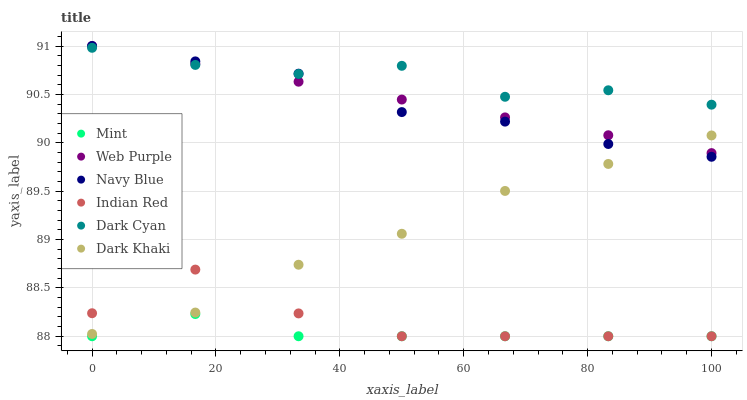
| xaxis_label | Mint | Web Purple | Navy Blue | Indian Red | Dark Cyan | Dark Khaki |
 | --- | --- | --- | --- | --- | --- | --- |
 | 0 | 88 | 91 | 91 | 88.2 | 91 | 88 |
 | 16.7 | 88.2 | 90.8 | 90.8 | 88.7 | 90.8 | 88.2 |
 | 33.3 | 88 | 90.6 | 90.7 | 88.2 | 90.7 | 88.7 |
 | 50 | 88 | 90.4 | 90.3 | 88 | 90.8 | 89.1 |
 | 66.7 | 88 | 90.3 | 90.2 | 88 | 90.5 | 89.5 |
 | 83.3 | 88 | 90.1 | 90 | 88 | 90.5 | 89.8 |
 | 100 | 88 | 89.9 | 89.9 | 88 | 90.4 | 90.1 |